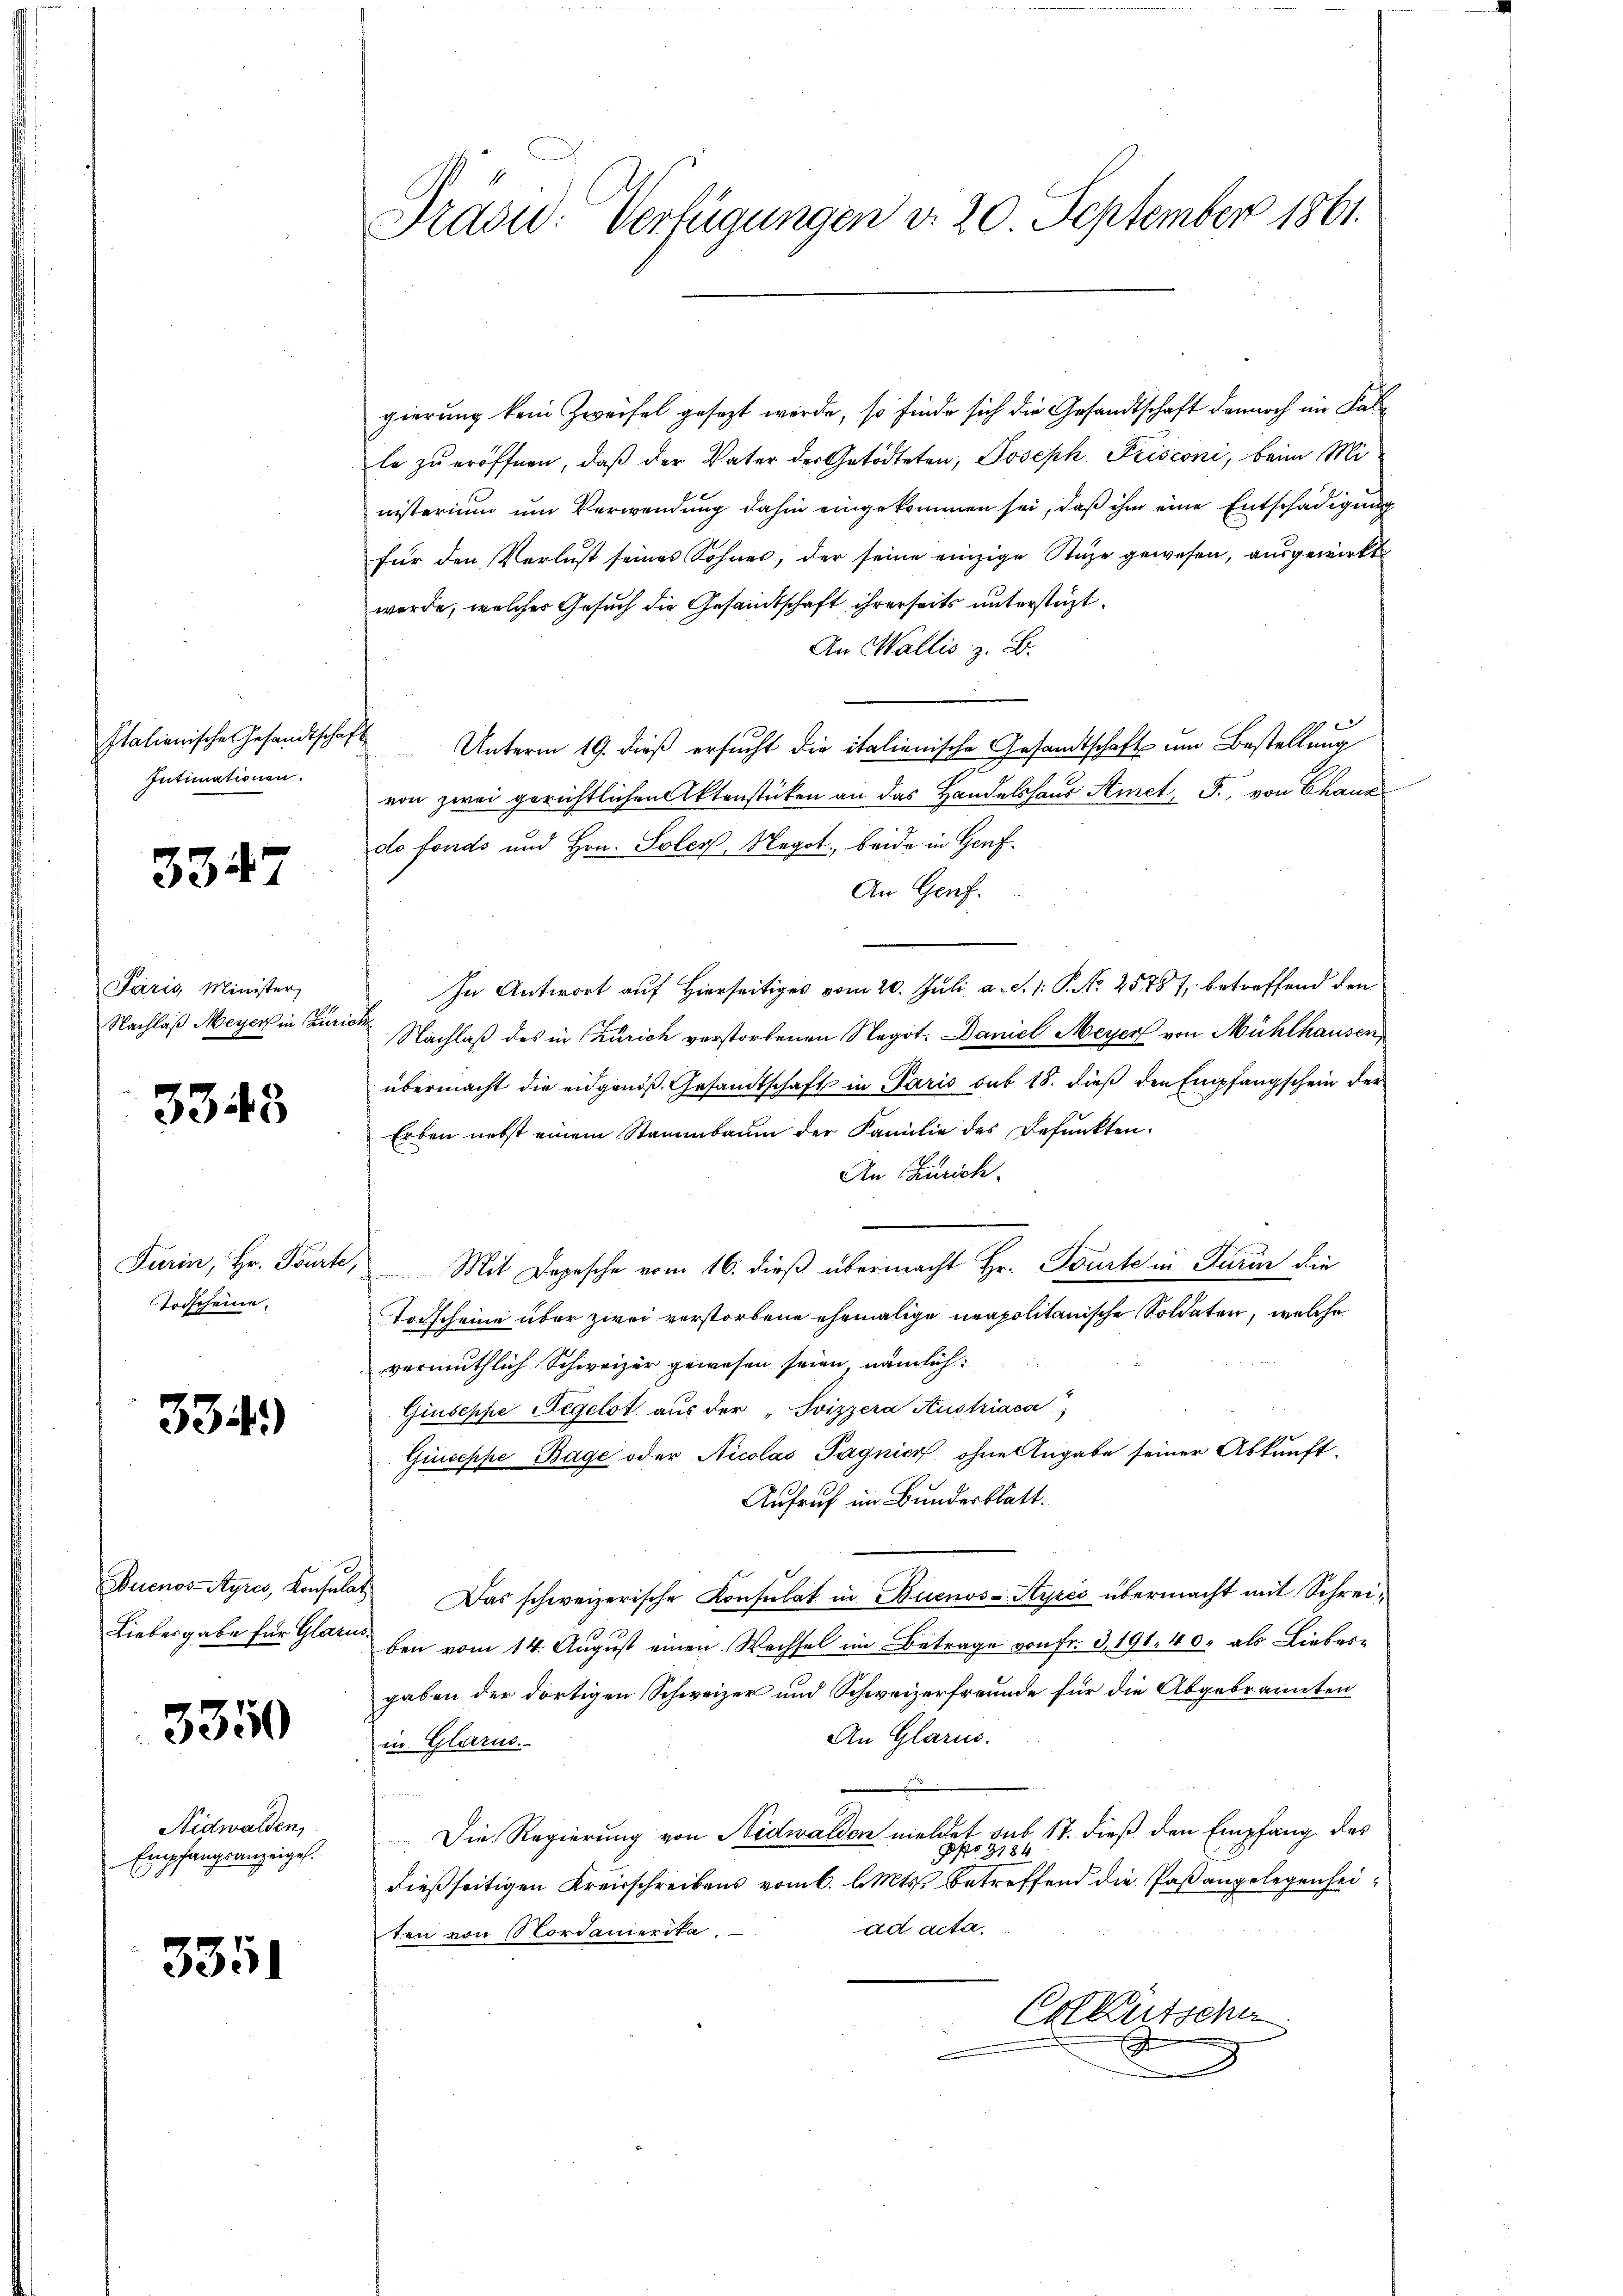
Italienische Gesandtschaft
Intimationen.

3347

Paris, Minister,
Nachlaß Meyer in Kurie

3343

Todscheine

334)

Buenos-Ayres, Konsula
Liebesgabe für Glarus.

3350

Nidwalden,
Empfangsanzeigel.

3351

Präsid. Verfügungen v. 20. September 1861.

gierung kein Zweifel gesezt werde, so finde sich die Gesandtschaft dennoch im Falle zu eröffnen, daß der Vater der Getödteten, Joseph Frisconi, beim Mi
nisterium um Verwendung dahin eingekommen sei, daß ihm eine Entschädigung
für den Verlust seines Sohnes, der seine einzige Stuze gewesen, ausgewirkt
werde, welches Gesuch die Gesandtschaft ihrerseits unterstüzt.
An Wallis z. B.
Unterm 19. dieß ersucht die italienische Gesandtschaft um Bestellung
von zwei gerichtlichen Aktenstücken an das Handelshaus Amet. F., von Chane
do fonds und Hrn. Soler, Megot., beide in Genf¬
An Genf.
In Antwort auf Hierseitiges vom 20. Juli a. S. 1: P. No 25787, betreffend den
¬
Nachlaß des in Zürich verstorbenen Negot. Daniel Meyer von Mühlhausen,
übermacht die eidgenöß. Gesandtschaft in Paris sub 18. dieß den Empfangschein der
Erben nebst einem Stammbaum der Familie des Befunkten.
An Zürich.
Furin, Hr. Pourte, Mit Depesche vom 16. dieß übermacht Hr. Tourte in Turin die
Todscheine über zwei verstorbene ehemalige neapolitanische Soldaten, welche
vermuthlich Schweizer gewesen seien, nämlich:
Giuseppe Tegelst aus der "Svizzera Austriaca)
Giuseppe Bage oder Nicolas Pagnier, ohne Angabe seiner Abkunft,
Aufruf im Bundesblatt.
 Das schweizerische Konsulat in Buenos-Ayres übermacht mit Schreiben vom 14. August einen Wechsel im Betrage von fr. 3, 191. 40. als Lieber-
gaben der dortigen Schweizer und Schweizerfreunde für die Abgebrannten
An Glarus.
in Glarus.
Die Regierung von Nidwalden meldet sub 17. dieß den Empfang des
No 9184
dießseitigen Kreisschreibens vom 6. d. Mts. betreffend die Paßangelegenheiad acta.
ten von Nordamerika.
CrKutsche
A
e